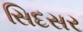
સિદસર